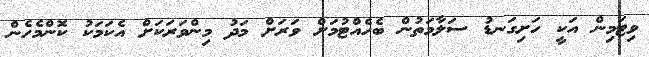
ވިޓަމިން އަކީ ހަށިގަނޑު ސަލާމަތުން ބެހެއްޓުމަށް ވަރަށް މަދު މިންވަރަކަށް އެކަމަކު ކޮންމެހެން